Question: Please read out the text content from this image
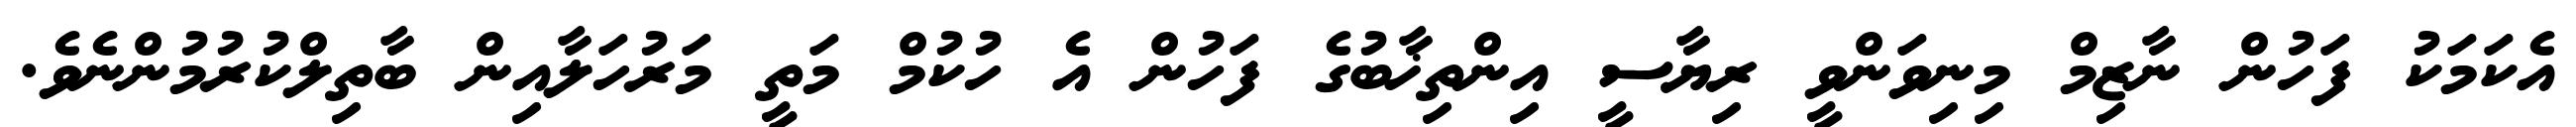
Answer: އެކަމަކު ފަހުން ނާޒިމް މިނިވަންވީ ރިޔާސީ އިންތިޚާބުގެ ފަހުން އެ ހުކުމް މަތީ މަރުހަލާއިން ބާތިލްކުރުމުންނެވެ.